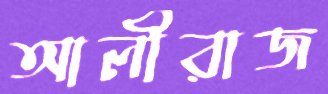
আলীরাজ